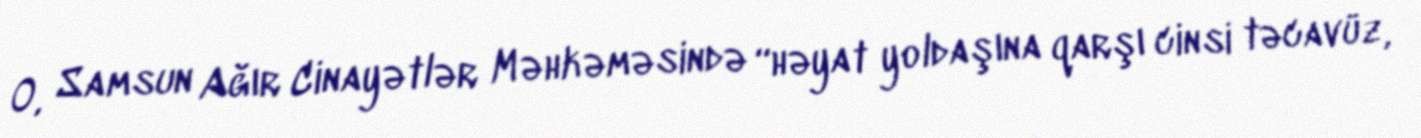
O, Samsun Ağır Cinayətlər Məhkəməsində “həyat yoldaşına qarşı cinsi təcavüz,